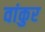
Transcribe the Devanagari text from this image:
वांकुर